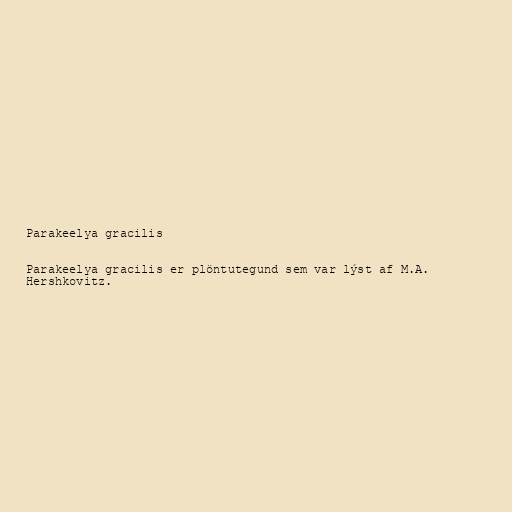
Parakeelya gracilis

Parakeelya gracilis er plöntutegund sem var lýst af M.A.
Hershkovitz.